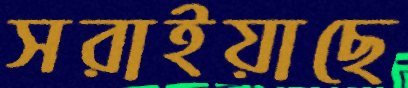
সরাইয়াছে